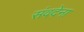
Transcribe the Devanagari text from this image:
संवदेना